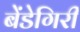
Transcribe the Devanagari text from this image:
बेंडेगिरी